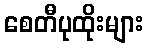
စေတီပုထိုးများ